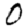
Digit: 0